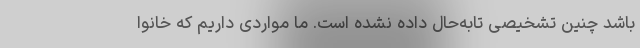
باشد چنین تشخیصی تابه‌حال داده نشده است. ما مواردی داریم که خانوا